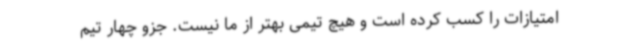
امتیازات را کسب کرده است و هیچ تیمی بهتر از ما نیست. جزو چهار تیم